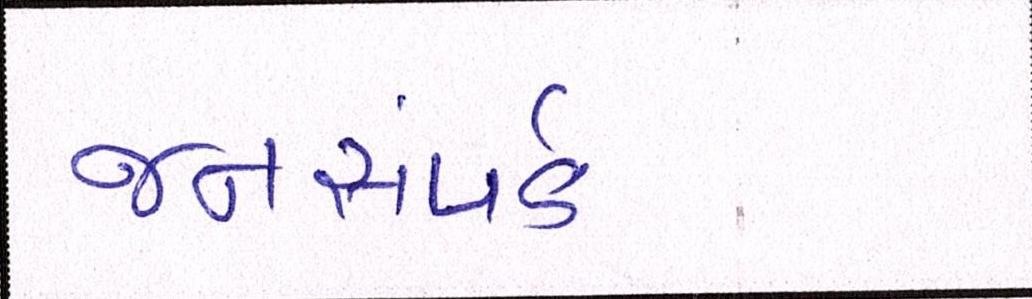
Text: જનસંપર્ક